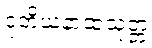
ဒုတိယနာထသုတ္တံ